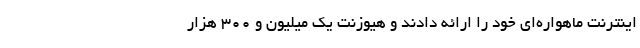
اینترنت ماهواره‌ای خود را ارائه دادند و هیوزنت یک میلیون و ۳۰۰ هزار